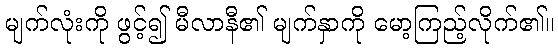
မျက်လုံးကို ဖွင့်၍ မီလာနီ၏ မျက်နှာကို မော့ကြည့်လိုက်၏။